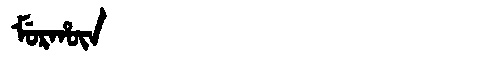
Manchu: ᠮᡠᡵᡥᡡᠨ
Romanization: MURHŪN